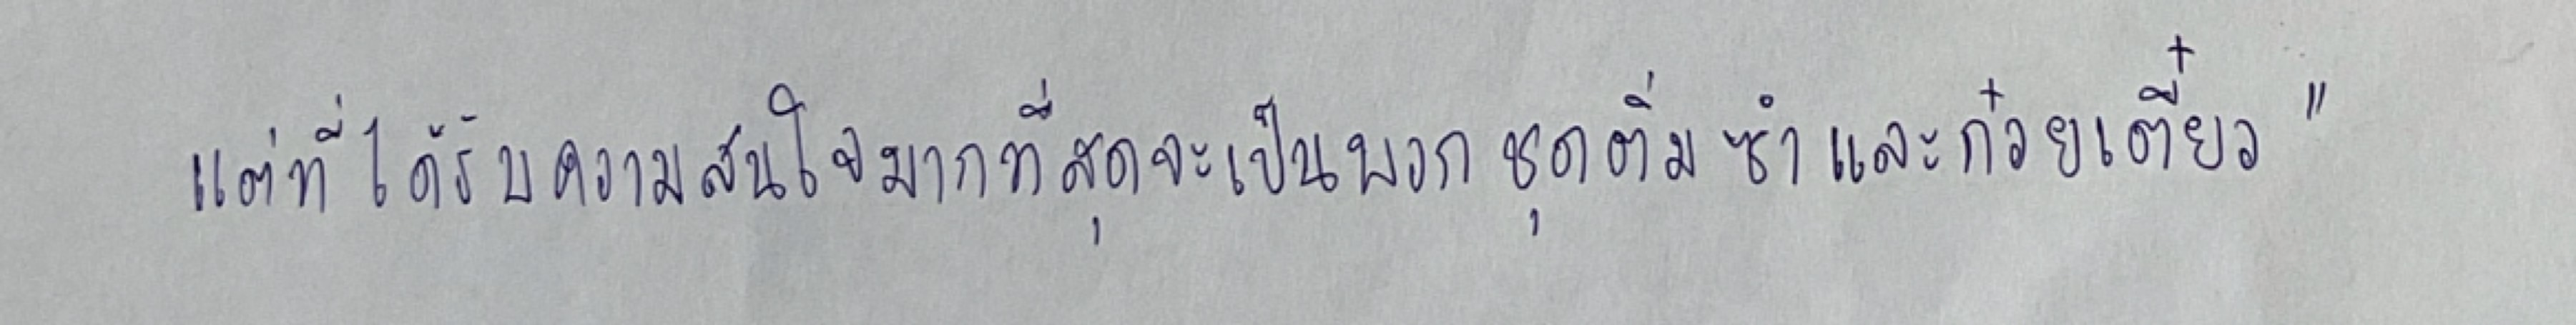
แต่ที่ได้รับความสนใจมากที่สุดจะเป็นพวกชุดติ่มซำและก๋วยเตี๋ยว"